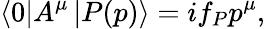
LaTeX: \left\langle 0\right|A^{\mu}\left|P(p)\right\rangle=if_{P}p^{\mu},